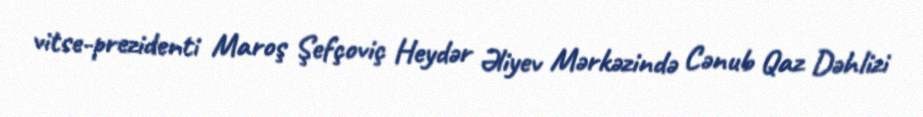
vitse-prezidenti Maroş Şefçoviç Heydər Əliyev Mərkəzində Cənub Qaz Dəhlizi